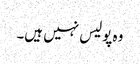
وہ پولیس نہیں ہیں۔